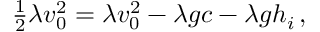
\begin{array} { r } { \frac { 1 } { 2 } \lambda v _ { 0 } ^ { 2 } = \lambda v _ { 0 } ^ { 2 } - \lambda g c - \lambda g h _ { i } \, , } \end{array}